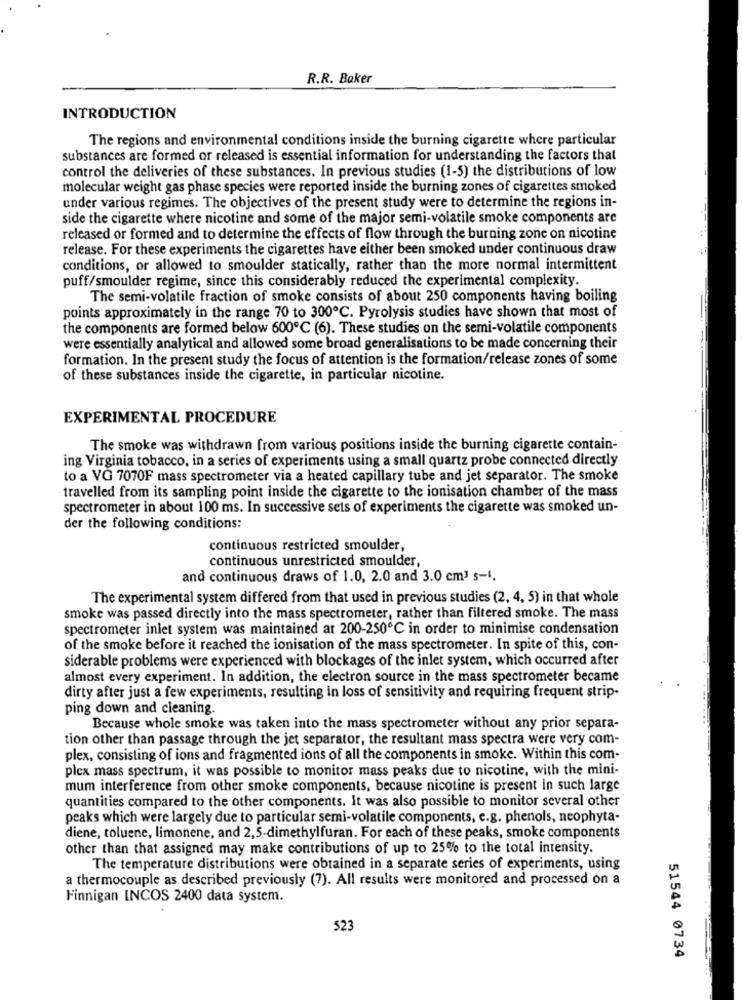
R.R. Baker
INTRODUCTION
The regions and environmental conditions inside the burning cigarette where particular
substances are formed or released is essential information for understanding the factors that
control the deliveries of these substances. In previous studies (1-5) the distributions of low
molecular weight gas phase species were reported inside the burning zones of cigarettes smoked
under various regimes. The objectives of the present study were to determine the regions in-
side the cigarette where nicotine and some of the major semi-volatile smoke components are
released or formed and to determine the effects of flow through the burning zone on nicotine
release. For these experiments the cigarettes have either been smoked under continuous draw
conditions, or allowed to smoulder statically, rather than the more normal intermittent
puff/smoulder regime, since this considerably reduced the experimental complexity.
The semi-volatile fraction of smoke consists of about 250 components having boiling
points approximately in the range 70 to 300℃. Pyrolysis studies have shown that most of
the components are formed below 600℃ (6). These studies on the semi-volatile components
were essentially analytical and allowed some broad generalisations to be made concerning their
formation. In the present study the focus of attention is the formation/release zones of some
of these substances inside the cigarette, in particular nicotine.
EXPERIMENTAL PROCEDURE
The smoke was withdrawn from various positions inside the burning cigarette contain-
ing Virginia tobacco, in a series of experiments using a small quartz probe connected directly
to a VG 7070F mass spectrometer via a heated capillary tube and jet separator. The smoke
travelled from its sampling point inside the cigarette to the ionisation chamber of the mass
spectrometer in about 100 ms. In successive sets of experiments the cigarette was smoked un-
der the following conditions:
continuous restricted smoulder,
continuous unrestricted smoulder,
and continuous draws of 1.0, 2.0 and 3.0 cm3 s-1.
The experimental system differed from that used in previous studies (2, 4, 5) in that whole
smoke was passed directly into the mass spectrometer, rather than filtered smoke. The mass
spectrometer inlet system was maintained at 200-250℃ in order to minimise condensation
of the smoke before it reached the ionisation of the mass spectrometer. In spite of this, con-
siderable problems were experienced with blockages of the inlet system, which occurred after
almost every experiment. In addition, the electron source in the mass spectrometer became
dirty after just a few experiments, resulting in loss of sensitivity and requiring frequent strip-
ping down and cleaning.
Because whole smoke was taken into the mass spectrometer without any prior separa-
tion other than passage through the jet separator, the resultant mass spectra were very com-
plex, consisting of ions and fragmented ions of all the components in smoke. Within this com-
plex mass spectrum, it was possible to monitor mass peaks due to nicotine, with the mini-
mum interference from other smoke components, because nicotine is present in such large
quantities compared to the other components. It was also possible to monitor several other
peaks which were largely due to particular semi-volatile components, e.g. phenols, neophyta-
diene, toluene, limonene, and 2,5-dimethylfuran. For each of these peaks, smoke components
other than that assigned may make contributions of up to 25% to the total intensity.
The temperature distributions were obtained in a separate series of experiments, using
a thermocouple as described previously (7). All results were monitored and processed on a
Finnigan INCOS 2400 data system.
523
51544 0734